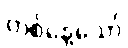
တစ်နေ့သော်